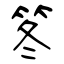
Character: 笗